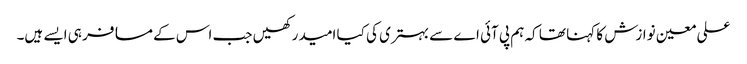
علی معین نوازش کا کہنا تھا کہ ہم پی آئی اے سے بہتری کی کیا امید رکھیں جب اس کے مسافر ہی ایسے ہیں۔